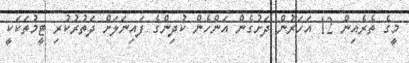
މީގެ ތެރެއިން 12 އަހަރުން ދަށުގެން އަންހެން ކުދިންގެ ފައިނަލަށް ދަތުރުކުރި ޓީމުތަކަކީ